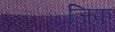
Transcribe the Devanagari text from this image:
जिफ़